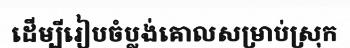
ដើម្បីរៀបចំប្លង់គោលសម្រាប់ស្រុក